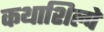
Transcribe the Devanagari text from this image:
कथाशिल्पे